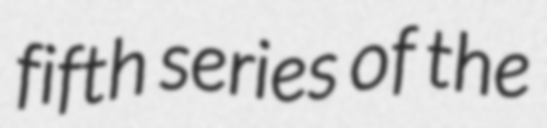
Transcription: fifth series of the